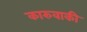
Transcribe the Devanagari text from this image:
कारुवाकी